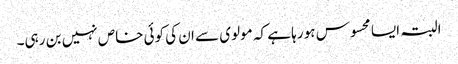
البتہ ایسا محسوس ہو رہا ہے کہ مولوی سے ان کی کوئی خاص نہیں بن رہی۔